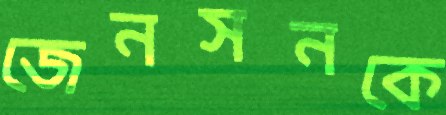
জেনসনকে